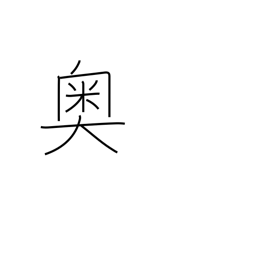
Meaning: interior